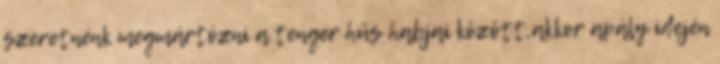
szeretnénk megmártózni a tenger hűs habjai között,akkor apály idején